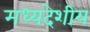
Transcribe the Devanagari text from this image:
मध्‍यदेशीय